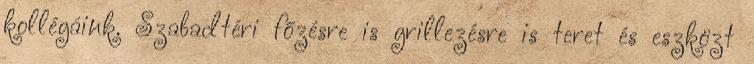
kollégáink. Szabadtéri főzésre is grillezésre is teret és eszközt